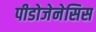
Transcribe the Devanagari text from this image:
पीडोजेनेसिस